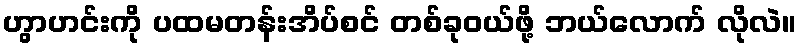
ဟွာဟင်းကို ပထမတန်းအိပ်စင် တစ်ခုဝယ်ဖို့ ဘယ်လောက် လိုလဲ။